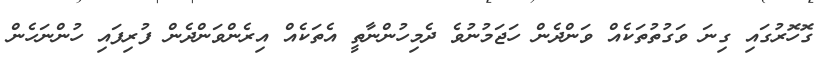
ގޮހޮރުގައި ގިނަ ވަގުތުތަކެއް ވަންދެން ހަޖަމުނުވެ ދެމިހުންނާތީ އެތަކެއް އިރެންވަންދެން ފުރިފައި ހުންނަހެން